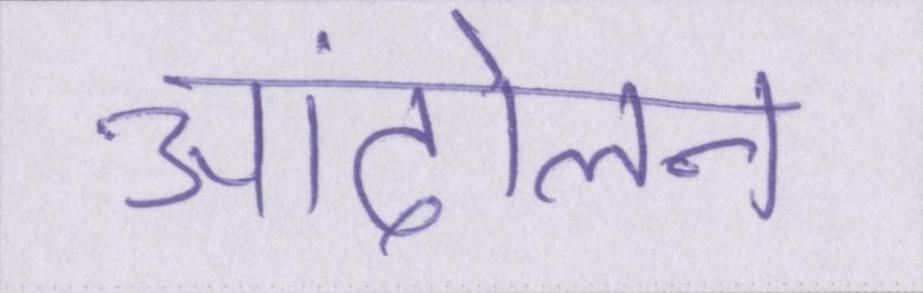
आंदोलन